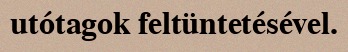
utótagok feltüntetésével.